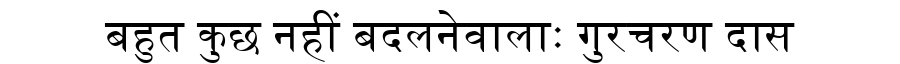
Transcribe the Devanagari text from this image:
बहुत कुछ नहीं बदलनेवालाः गुरचरण दास